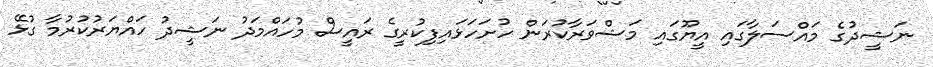
ނަޝީދުގެ މައްސަލާގައި އީޔޫގައި މަޝްވަރާކުރަން ހުށަހަޅައިފިކުރީގެ ރައީސް މުހައްމަދު ނަޝީދު ހައްޔަރުކުރުމާ ގުޅޭ